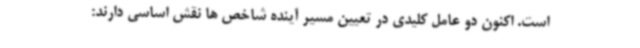
است. اکنون دو عامل کلیدی در تعیین مسیر آینده شاخص ها نقش اساسی دارند: